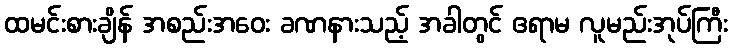
ထမင်းစားချိန် အစည်းအဝေး ခဏနားသည့် အခါတွင် ဧရာမ လူမည်းအုပ်ကြီး